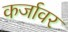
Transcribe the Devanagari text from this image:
कर्जावर